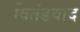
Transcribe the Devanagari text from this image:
वितंडवाद